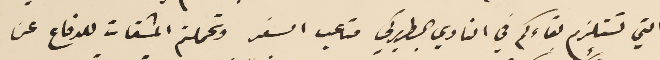
التي تستلزم بقاءكم في النادي البطريركي متاعب السفر وتحملتم المشقات للدفاع عن